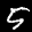
Label: 5